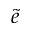
\tilde { e }